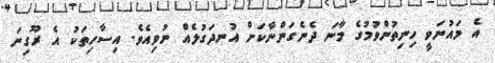
އެ މައުނަވީ ހިނިތުންވުމުގެ މާނަ ދެނެގަންނާކަށް އުނދަގުލެއް ނުވިއެވެ. އިސާހިތަކު އެ ރޫގިނަ